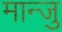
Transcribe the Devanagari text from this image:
मान्जु